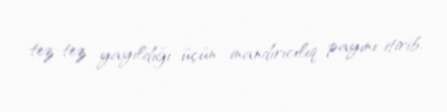
tez-tez yayıldığı üçün inandırıcılıq payını itirib.